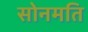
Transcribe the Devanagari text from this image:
सोनमति